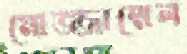
মোজ্জাম্মেল